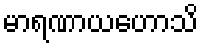
မာရဏာယဟောသိ